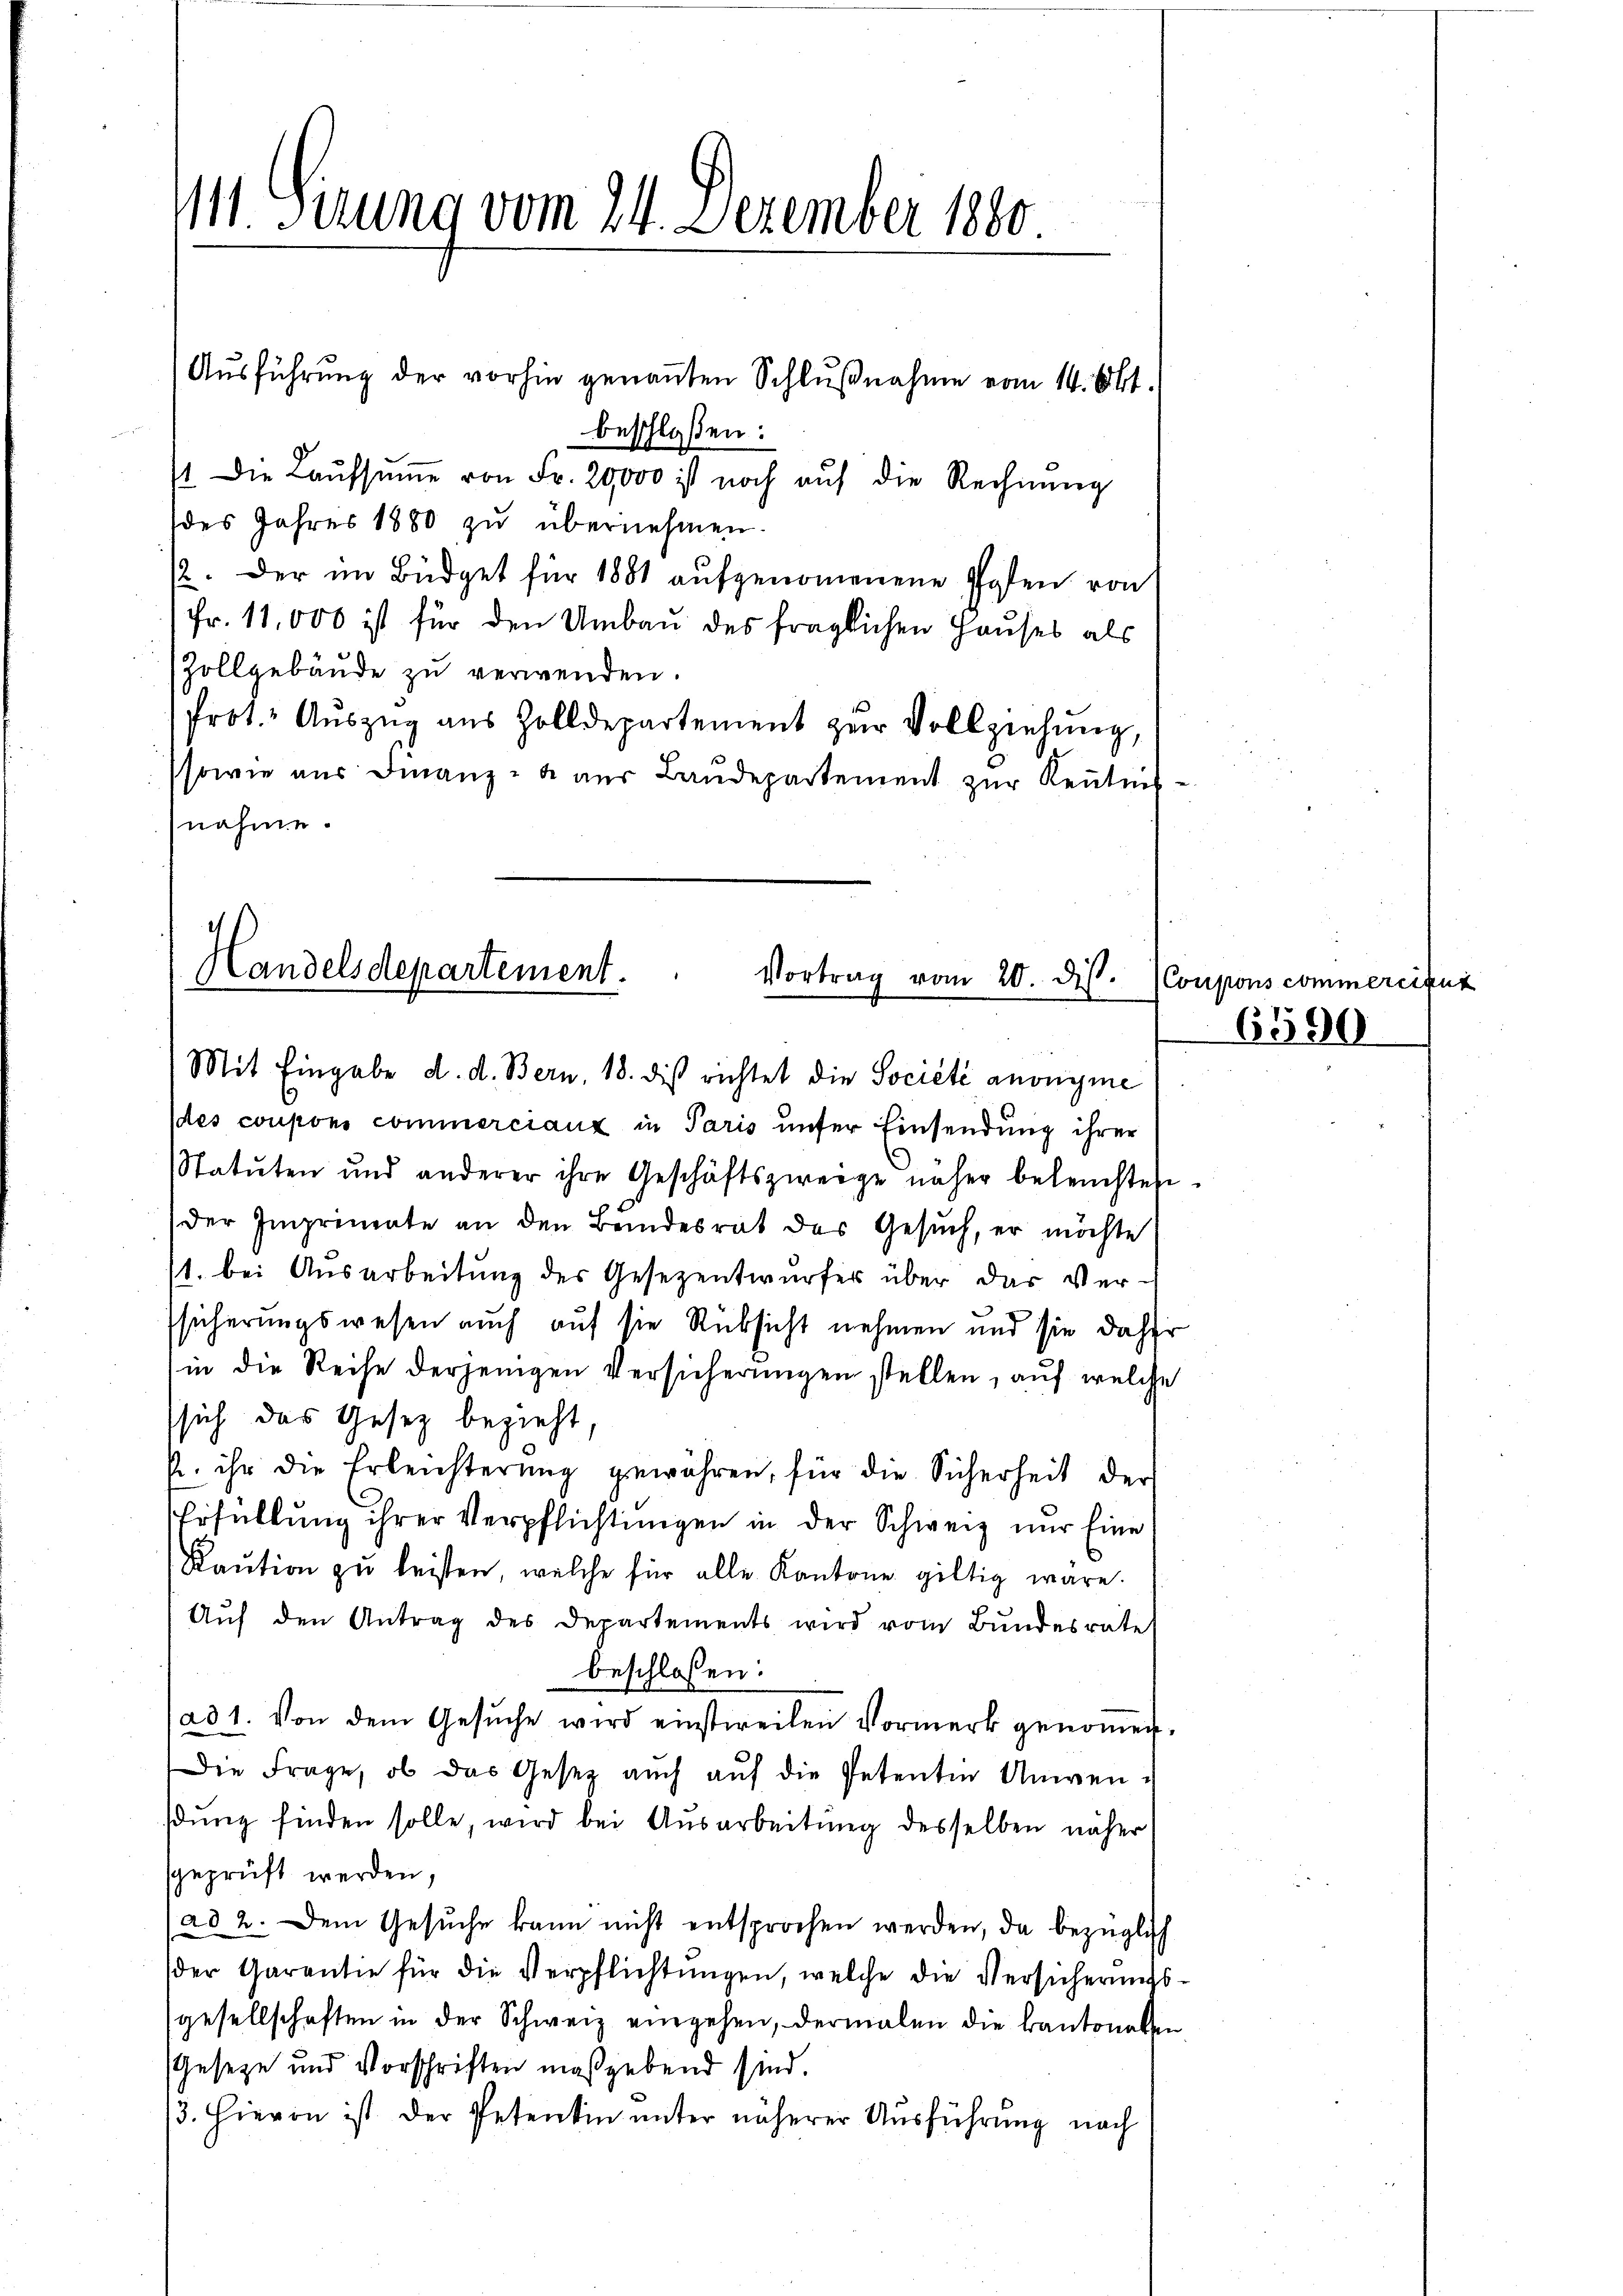
111 Sirung vom 24. Dezember 1880
Ausführung der vorhin genannten Schlußnahme vom 14. Okt.
beschloßen:

1 die Laŭfsŭṁe von Fr. 29,000 ist noch aŭf die Rechnŭng
des Jahres 1880 zu übernehmen.
12. Der im Büdget für 1881 aufgenommenene Posten von
Fr. 11,000 ist für den Umbau des fraglichen Hauses als
Zollgebäude zu verwenden.
Prot. Auszug aus Zolldepartement zur Vollziehung,
sowie aus Finanze aus Landepartement zur Renten
nahme.

Handelsdepartement.
Vortrag vom 20. dis.
Mit Eingabe d. d. Bern, 18. des richtet die Société anonyme

des coupons commerciaux in Paris unser Einsendung ihrer
Statuten und anderer ihre Geschäftszweige näher beleŭchten
der Imprimente an den Beindesrat des Gesŭch, er möchte
1. bei Ausarbeitung des Gesezentwurfes über das Verssicherungswesen auch auf sie Rüksicht nehmen und sie daher
in die Reise derjenigen Versicherungen stellen, auf welche
(sich das Gesetz bezieht,
p. ihr die Erleichterung gewähren, für die Sicherheit der
Erfüllung ihrer Verpflichtungen in der Schweiz nur Eine
Kaŭtion zu leisten, welche für alle Kantone giltig wäre.
Auf den Antrag des Departements wird vom Bundesrate
beschlossen:
ad1. Von dem Gesŭche wird einstweilen Vormerk genoṁen.
Die Frage, ob das Gesetz auch aŭf die Petentin Anwen-
dung finden solle, wird bei Ausarbeitung desselben näher
sgeprüft werden,
ad 2. Dem Gesuche kann nicht entsprochen werden, da bezüglich
der Garantie für die Verpflichtŭngen, welche die Versicherungsgesellschaften in der Schweiz eingehen, dermalen die kantonalen
Geseze und Vorschriften maßgebend sind.
13. Hievon ist der Petentin unter näherer Ausführung nach

Coupons commercitut
6590